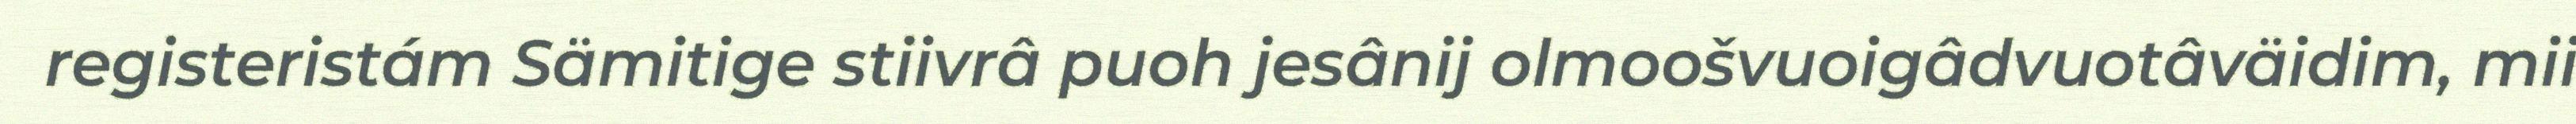
registeristám Sämitige stiivrâ puoh jesânij olmoošvuoigâdvuotâväidim, mii